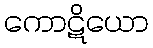
ကောဋိယော